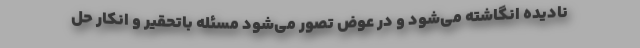
نادیده انگاشته می‌شود و در عوض تصور می‌شود مسئله باتحقیر و انکار حل